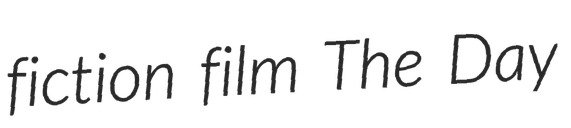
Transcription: fiction film The Day